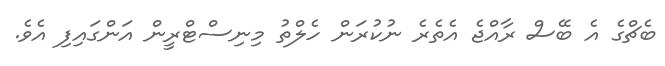
ބެޗްގެ އެ ބޭސް ރާއްޖެ އެތެރެ ނުކުރަން ހެލްތު މިނިސްޓްރީން އަންގައިފި އެވެ.